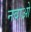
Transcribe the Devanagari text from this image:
नवाओ